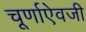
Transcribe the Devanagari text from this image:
चूर्णाऐवजी